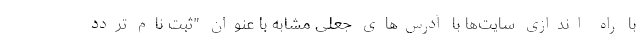
با راه ‌اندازی سایت‌ها با آدرس‌های جعلی مشابه با عنوان "ثبت نام تردد